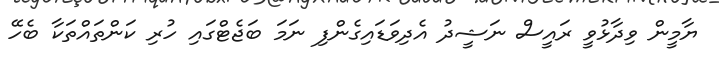
ޔާމީން ވިދާޅުވީ ރައީސް ނަޝީދު އެދިވަޑައިގެންފި ނަމަ ބަޖެޓްގައި ހުރި ކަންތައްތަކާ ބެހޭ